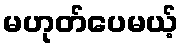
မဟုတ်ပေမယ့်